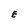
Character: E